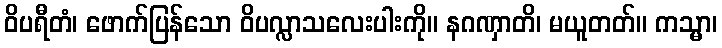
ဝိပရီတံ၊ ဖောက်ပြန်သော ဝိပလ္လာသလေးပါးကို။ နဂဏှာတိ၊ မယူတတ်။ ကသ္မာ၊